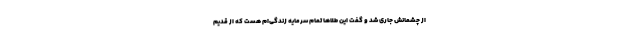
از چشمانش جاری شد و گفت این طلاها تمام سرمایه زندگی‌ام هست که از قدیم